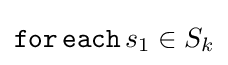
{\mathtt {for\,each}}\,s_{1}\in S_{k}